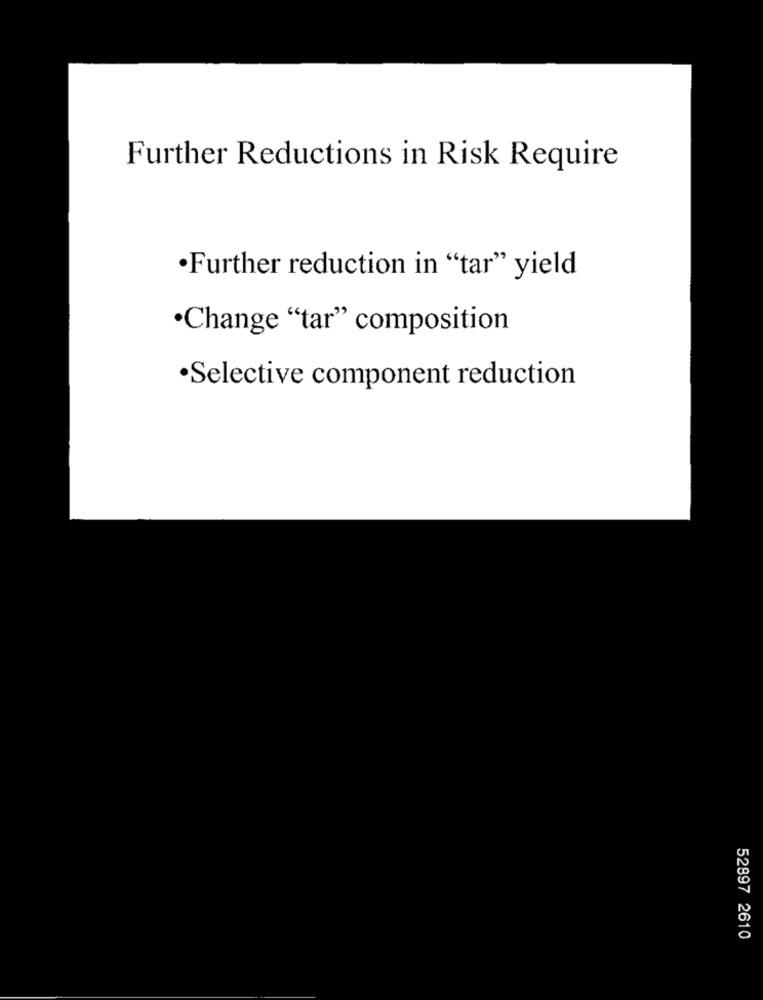
Further Reductions in Risk Require
·Further reduction in "tar" yield
·Change "tar" composition
·Selective component reduction
52897 2610